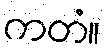
ကတံ။